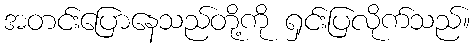
အတင်းပြောနေသည်တို့ကို ရှင်းပြလိုက်သည်။